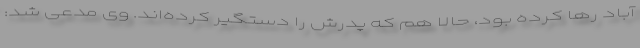
آباد رها کرده بود، حالا هم که پدرش را دستگیر کرده‌اند. وی مدعی شد: